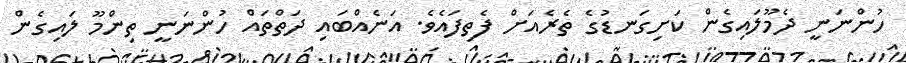
ހުންނަނީ ދެމޫލައިގެން ކަށިގަނޑުގެ ތެރެއަށް ފެތިފައެވެ. އަނެއްބައި ދަތްތައް ހުންނަނީ ތިންމޫ ލައިގެން